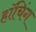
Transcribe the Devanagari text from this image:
हॉचिंग